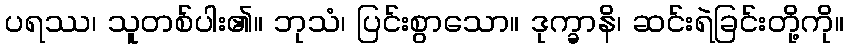
ပရဿ၊ သူတစ်ပါး၏။ ဘုသံ၊ ပြင်းစွာသော။ ဒုက္ခာနိ၊ ဆင်းရဲခြင်းတို့ကို။